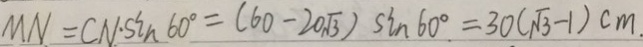
M N = C N \cdot \sin 6 0 ^ { \circ } = ( 6 0 - 2 0 \sqrt { 3 } ) \sin 6 0 ^ { \circ } = 3 0 ( \sqrt { 3 } - 1 ) c m .